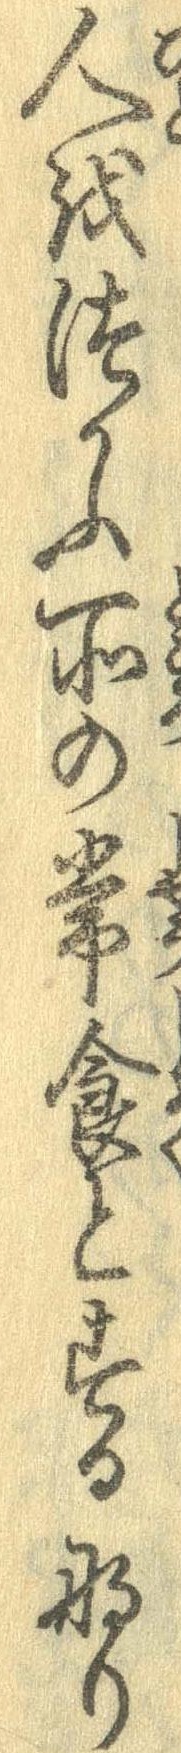
人をつかふ所の常食とするなり